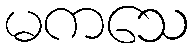
မကသေ